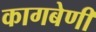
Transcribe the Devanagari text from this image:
कागबेणी